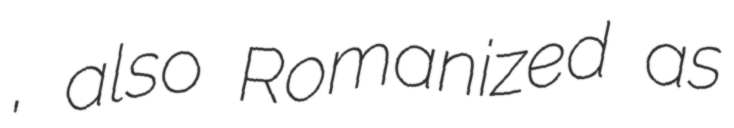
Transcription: ونك, also Romanized as